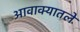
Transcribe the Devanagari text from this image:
आवाक्यातले